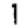
Digit: 1